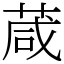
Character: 葴